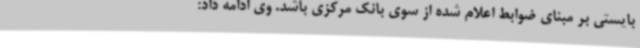
بایستی بر مبنای ضوابط اعلام شده از سوی بانک مرکزی باشد. وی ادامه داد: